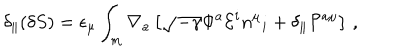
\delta _ { \parallel } ( \delta S ) = \epsilon _ { \mu } \int _ { m } \nabla _ { a } \left[ \sqrt { - \gamma } \Phi ^ { a } { \cal E } ^ { i } n ^ { \mu } { } _ { i } + \delta _ { \parallel } { \cal P } ^ { a \mu } \right] \, ,